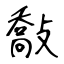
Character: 敽